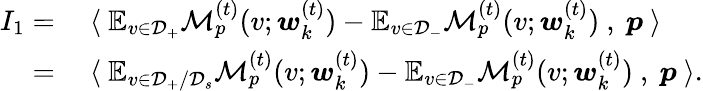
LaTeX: \begin{array}{rl}{I_{1}=}&{~\langle~\mathbb{E}_{v\in\mathcal{D}_{+}}\mathcal{M}_{p}^{(t)}(v;{\boldsymbol w}_{k}^{(t)})-\mathbb{E}_{v\in\mathcal{D}_{-}}\mathcal{M}_{p}^{(t)}(v;{\boldsymbol w}_{k}^{(t)})~,~{\boldsymbol p}~\rangle}\\ {=}&{~\langle~\mathbb{E}_{v\in\mathcal{D}_{+}/\mathcal{D}_{s}}\mathcal{M}_{p}^{(t)}(v;{\boldsymbol w}_{k}^{(t)})-\mathbb{E}_{v\in\mathcal{D}_{-}}\mathcal{M}_{p}^{(t)}(v;{\boldsymbol w}_{k}^{(t)})~,~{\boldsymbol p}~\rangle.}\end{array}